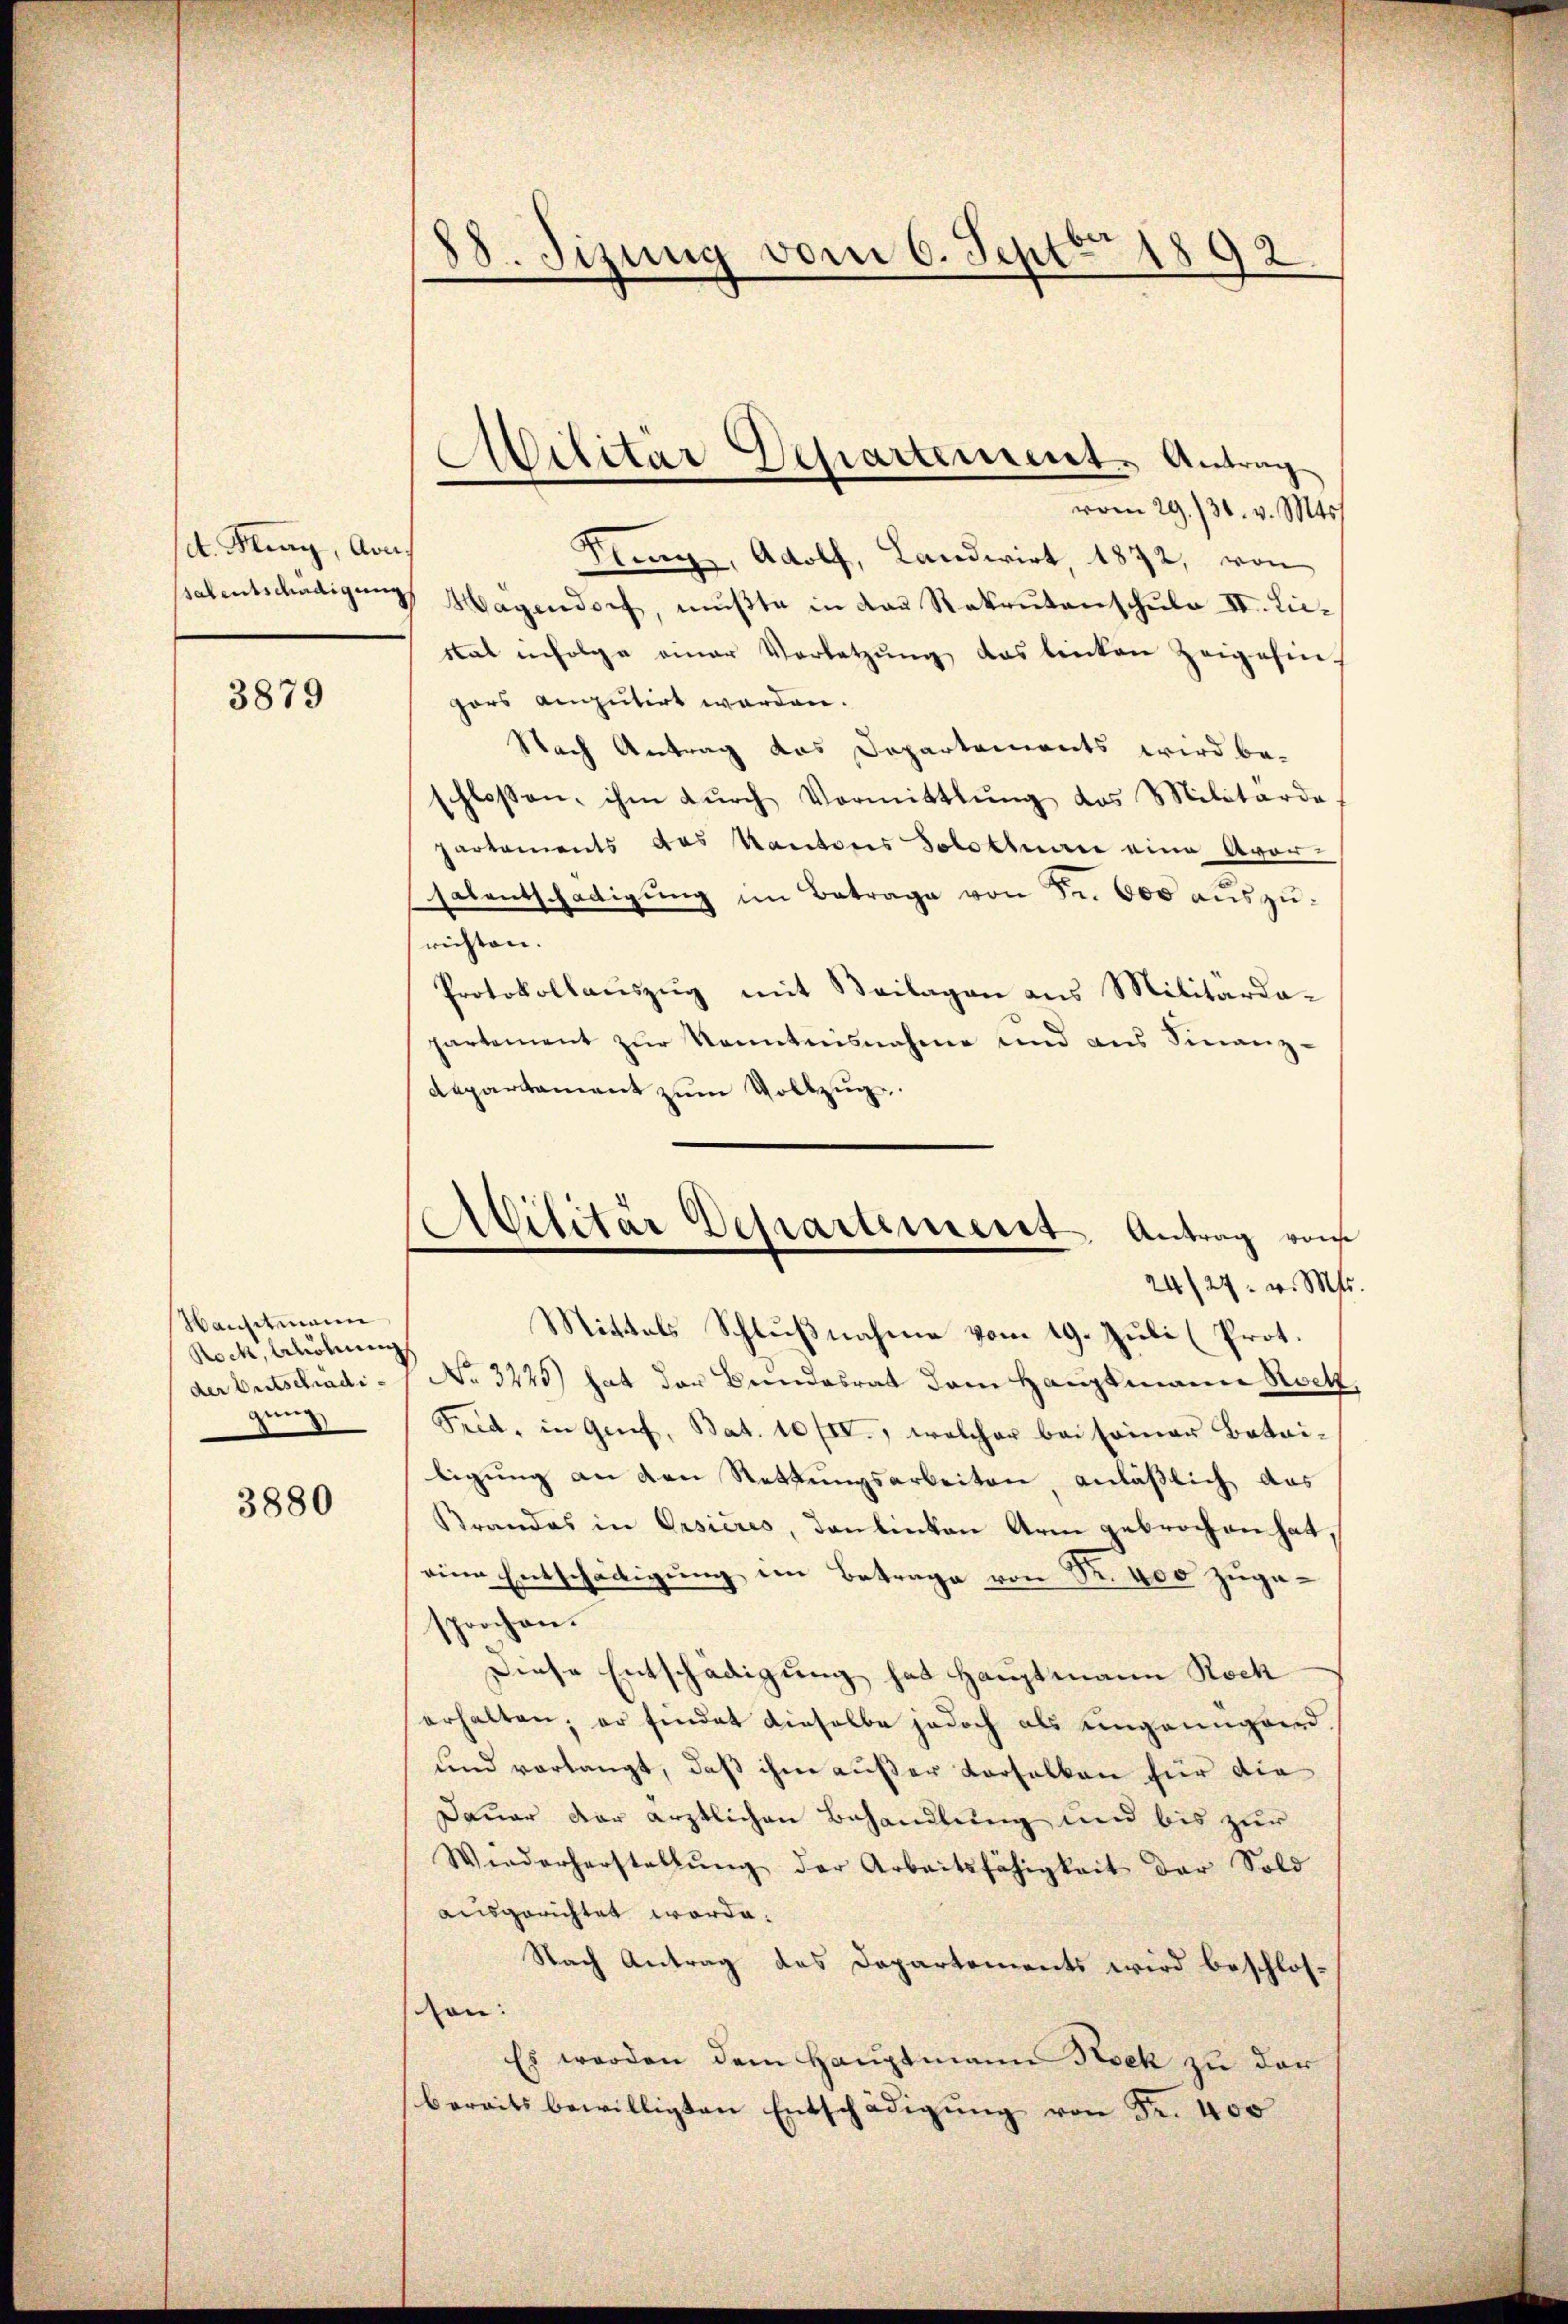
A. Flurg, Arn.

3879

Hansitmann
Rock, Ahöhung
der Entschädigung

3880

.
08. Sizung vom 6. Sept. 1892

vom 29./30. v. Mts.
Fung, Adolf, Landwirt, 1872, von
salentschädigŭng Hagendorf, mŭβte in das Rekrŭtanschŭle II. Liesat infolge einer Vorletzŭng das linken Zeigehins
pars amputirt werden.
Nach Antrag das Departements wird be-
chlossen, ihm dŭrch Vormittlung des Militärde
partements das Kantons Solothurn eine Avor-
salentschädigŭng im Betrage von Fr. 600 auszurichten.
Protokollauszug mit Beilagen aus Militärdapartement zŭr Kenntnisnahme und aus Finanz-
departament zum Vollzug.
Mittels Schlußnahme vom 19. Juli (Prot.
No. 3225) hat der Bundesrat dem Hauptmann Rock,
Fred, in Genf, Bat. 10/IV., welcher bei seiner Batai-
ligung an den Rettungsarbeiten anläßlich das
Brandas in Orsières, Tonbinten Arm gebrochen hat,
eine Entschädigung im Betrage von Fr. 400 zugesprochen.
Diese Entschädigung hat Hauptmann Rock
erhalten; er findet dieselbe jedoch als eingaungard,
und vorlangt, daß ihm außer Vorsalken für die
Dauer der ärztlichen Behandlung und bis zur
Wenderherstellŭng der Arbeitsfähigkeit der Sold
ausgerichtet worde.
Nach Antrag des Departements wird beschloson:
Es werden dem Hauptmann Nock zu der
bereits bewilligten Entschädigŭng von Fr. 400

Militar Departement. Antrag

Militär Departement, Antrag von
24/27. v. Mts.